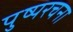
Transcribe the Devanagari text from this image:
पुष्परचना